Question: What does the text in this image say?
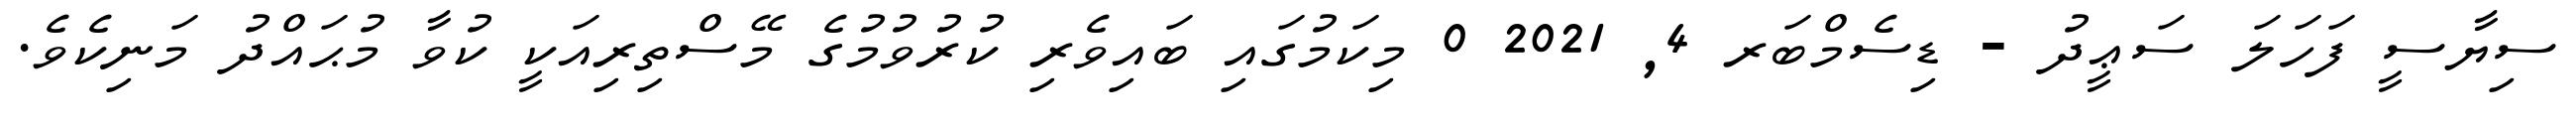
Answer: ސިޔާސީ ފަހަލަ ސަޢީދު - ޑިސެމްބަރ 4, 2021 0 މިކަމުގައި ބައިވެރި ކުރުވުމުގެ މޭސްތިރިއަކީ ކުވާ މުޙައްދު މަނިކެވެ.